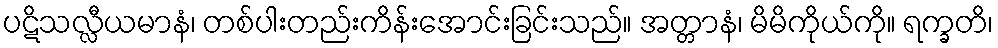
ပဋိသလ္လီယမာနံ၊ တစ်ပါးတည်းကိန်းအောင်းခြင်းသည်။ အတ္တာနံ၊ မိမိကိုယ်ကို။ ရက္ခတိ၊